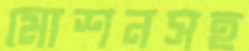
মোশনসহ